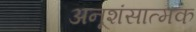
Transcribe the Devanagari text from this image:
अनूशंसात्मक